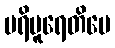
ပရိပူရေတိပေ